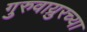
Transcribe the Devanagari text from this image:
गुरुवाय्रुरच्या